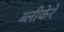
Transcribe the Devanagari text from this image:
ब्लीकेरे